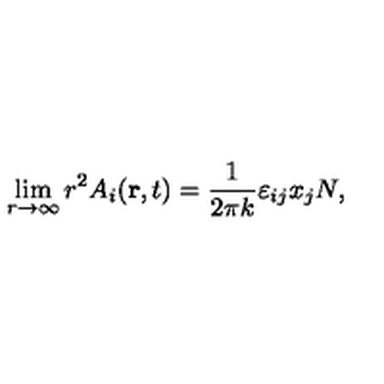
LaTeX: \lim _ { r \to \infty } r ^ { 2 } A _ { i } ( { \bf r } , t ) = { \frac { 1 } { 2 \pi k } } \varepsilon _ { i j } x _ { j } N ,